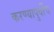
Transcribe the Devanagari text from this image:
करण्यापुर्वीच